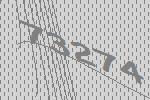
73274